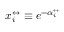
x _ { i } ^ { \leftrightarrow } \equiv e ^ { - \alpha _ { i } ^ { \leftrightarrow } }